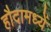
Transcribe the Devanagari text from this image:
हौदामध्यें